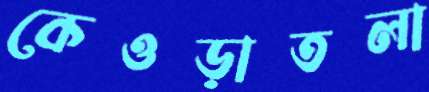
কেওড়াতলা